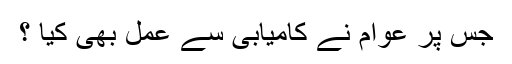
جس پر عوام نے کامیابی سے عمل بھی کیا ؟